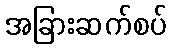
အခြားဆက်စပ်